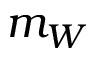
m _ { W }